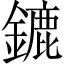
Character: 鏕